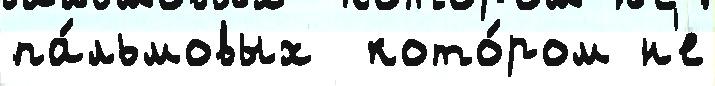
па́льмовых  кото́ром н'е